Janeda_(Ambla)_vallavalitsus, lk 46
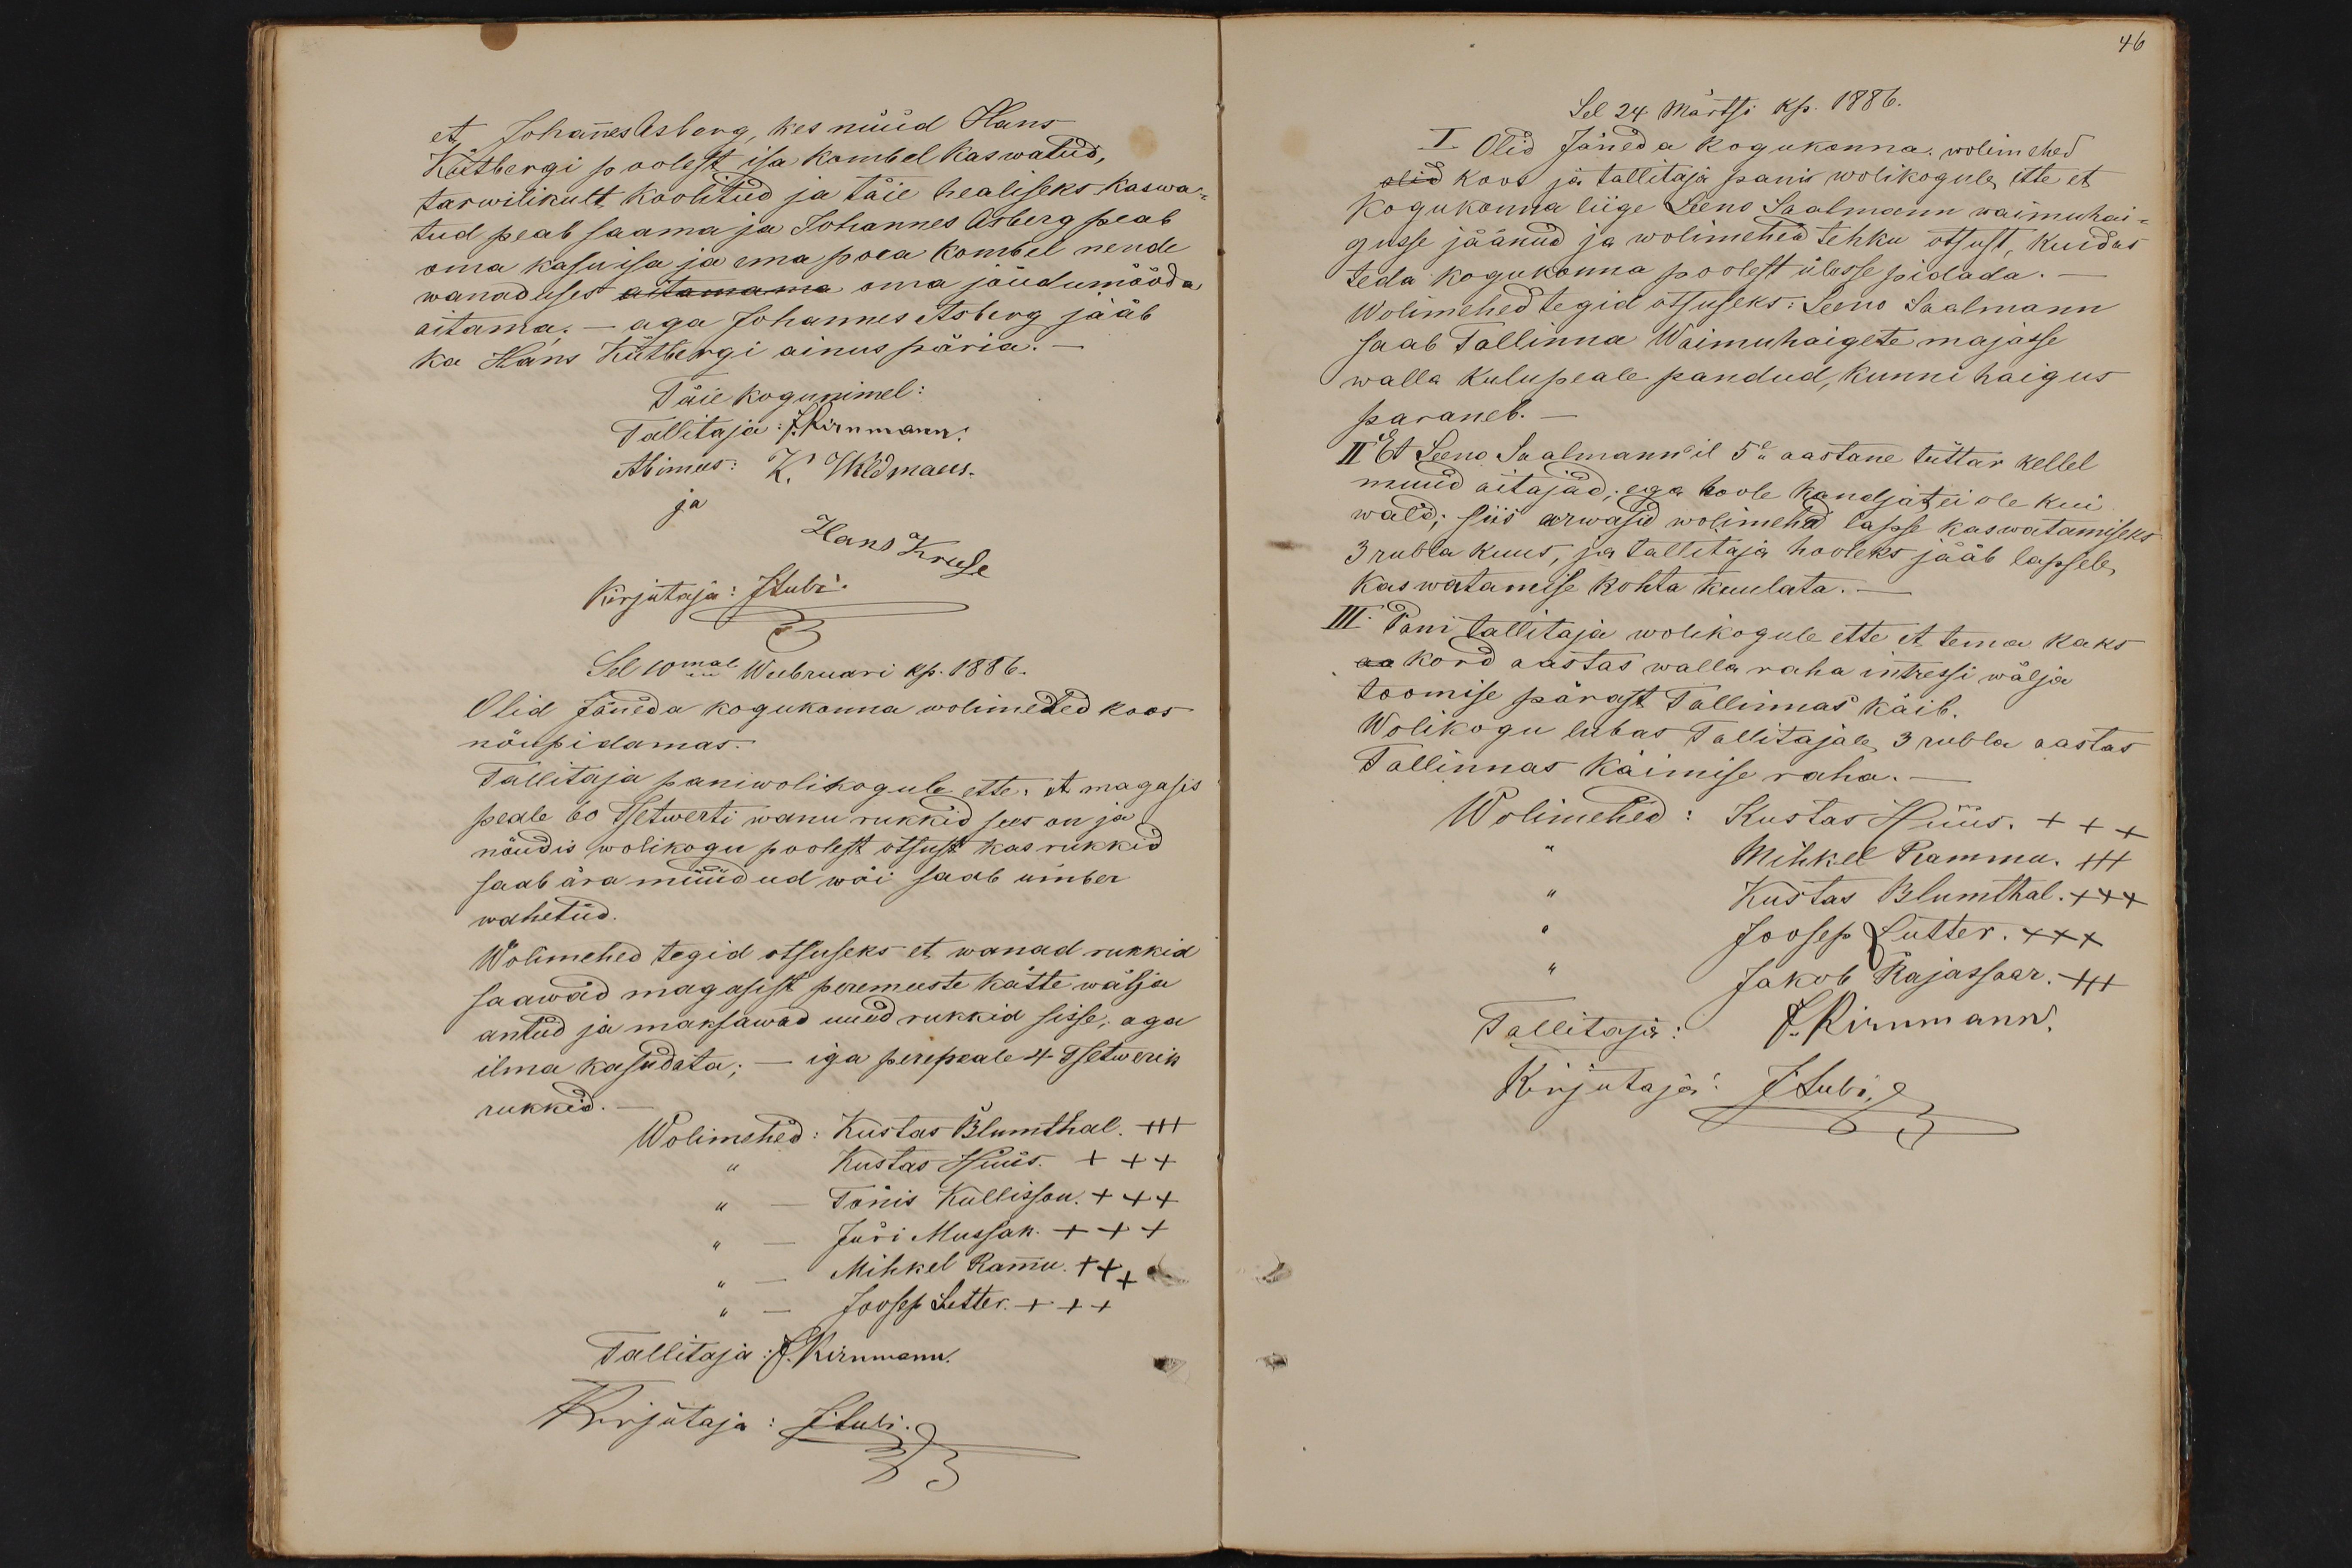
et Johannes Asberg, kes nüüd Hans
Kütbergi poolest isa kombel kaswatud,
tarwilikult koolitud ja täie healiseks kaswa
tud peab saama ja Johannes Asberg peab
oma kasuisa ja ema poea kombel nende
wanaduses aitamama oma jõudumööda
aitama. - aga Johannes Asberg jääb
ka Hans Kütbergi ainus päria. -
Täie kogu nimel:
Tallitaja: J.Kirnmann.
Abimees: K. Wildmaus.
ja
Hans Kruse
Kirjutaja: JLubi.
Sel 10mal Weebruari kp. 1886.
Olid Jäneda kogukonna wolimed koos
nõupidamas.
Tallitaja paniwolikogule ette: et magasis
peale 60 Tsetwerti wanu rukkid sees on ja
nõudis wolikogu poolest otsust kas rukkid
saab ära müüdud wõi saab ümber
wahetud.
Wolimehed tegid otsuseks et wanad rukkid
saawad magasist peremeeste kätte wälja
antud ja maksawad uued rukkid sisse, aga
ilma kasudata; - iga perepeale 4 Tsetwerik
rukkid.
Wolimehed: Kustas Blumthal. +++
Kustas Hüüs. +++
Tõnis Kullisson XXX
Jüri Mussak. +++
Mihkel Rammu. +++
Joosep Lutter. +++
Tallitaja: J. Kirnmann.
Kirjutaja: JLubi.

46
Sel 24 Märtsi kp. 1886.
I Olid Jäneda kogukonna wolimehed
olid koos ja tallitaja pani wolikogule ette et
kogukonna liige Leeno Saalmann waimuhai
gusse jäänud ja wolimehed tehku otsust, kuidas
teda kogukonna poolest ülesse pidada. -
Wolimehed tegid otsuseks: Leeno Saalmann
saab Tallinna Waimuhaigete majasse
walla kulupeale pandud, kunni haigus
paraneb.
II Et Leeno Saalmannil 5e aastane tüttar kellel
muid aitajad; ega hoole kandjat ei ole kui
wald; siis arwasid wolimehed lapse kaswatamiseks
3 rubla kuus, ja tallitaja hooleks jääb lapsele,
kaswatamise kohta kuulata.
III. Pani tallitaja wolikogule ette et tema kaks
aa kord aastas walla raha intressi wälja
toomise pärast Tallinnas käib.
Wolikogu lubas Tallitajale 3 rubla aastas
Tallinnas käimise raha.
Wolimehed: Kustas Hüüs. +++
Mihkel Rammu. +++
Kustas Blumthal. XXX
Joosep Lutter. XXX
Jakob Rajassaar. +++
Tallitaja: J.Kirnmann.
Kirjutaja: J.Lubi